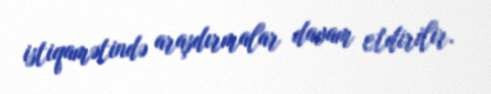
istiqamətində araşdırmalar davam etdirilir.